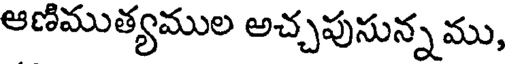
ఆణిముత్యముల అచ్చపుసున్న ము,